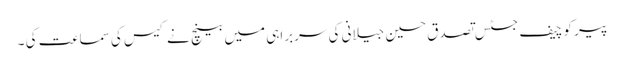
پیر کو چیف جسٹس تصدق حسین جیلانی کی سربراہی میں بینچ نے کیس کی سماعت کی ۔